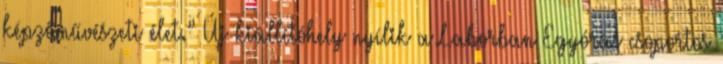
képzőművészeti élet.” Új kiállítóhely nyílik a Laborban Egyórás csoportos